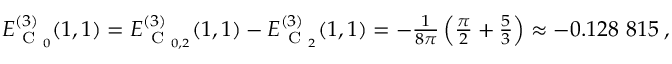
\begin{array} { r } { E _ { \mathrm { ~ C ~ } _ { 0 } } ^ { ( 3 ) } ( 1 , 1 ) = E _ { \mathrm { ~ C ~ } _ { 0 , 2 } } ^ { ( 3 ) } ( 1 , 1 ) - E _ { \mathrm { ~ C ~ } _ { 2 } } ^ { ( 3 ) } ( 1 , 1 ) = - \frac { 1 } { 8 \pi } \left( \frac { \pi } { 2 } + \frac { 5 } { 3 } \right) \approx - 0 . 1 2 8 \ 8 1 5 \; , } \end{array}